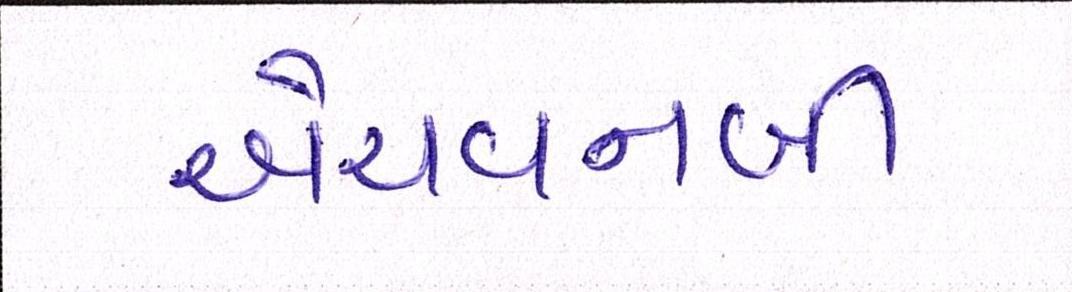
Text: એચવનબી